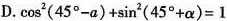
D.$$\cos^{2}(45^{\circ}-\alpha )+\sin^{2}(45^{\circ}+\alpha )=1$$